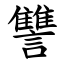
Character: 讐